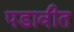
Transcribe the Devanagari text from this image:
पडावीत